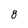
Character: 8